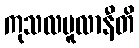
ကုသလမူလာနီတိ